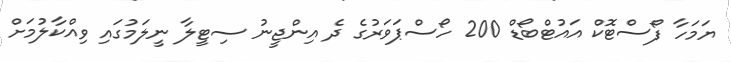
ޔަމަހާ ފޯސްޓޮކް އައުޓްބޯޑް 200 ހޯސްޕަވަރުގެ ދެ އިންޖީނު ސިޓީލާ ނީލަމުގައި ވިއްކާލުމަށް